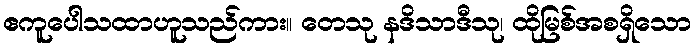
ဧကူပေါသထာဟူသည်ကား။ တေသု နဒိသာဒီသု၊ ထိုမြစ်အစရှိသော